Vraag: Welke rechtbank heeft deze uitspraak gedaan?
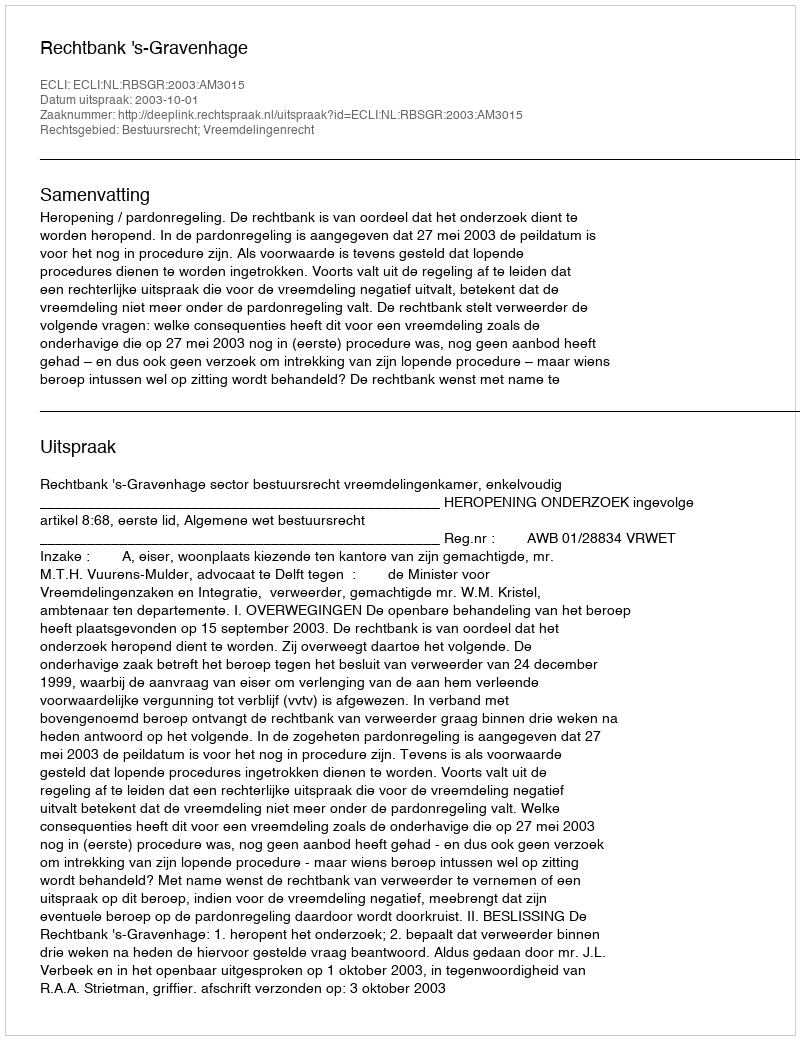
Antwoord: Rechtbank 's-Gravenhage